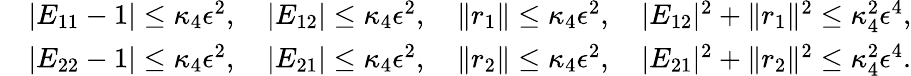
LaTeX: \begin{array}{rl}&{|E_{11}-1|\leq\kappa_{4}\epsilon^{2},\quad|E_{12}|\leq\kappa_{4}\epsilon^{2},\quad\| r_{1}\| \leq\kappa_{4}\epsilon^{2},\quad|E_{12}|^{2}+\| r_{1}\| ^{2}\leq\kappa_{4}^{2}\epsilon^{4},}\\ &{|E_{22}-1|\leq\kappa_{4}\epsilon^{2},\quad|E_{21}|\leq\kappa_{4}\epsilon^{2},\quad\| r_{2}\| \leq\kappa_{4}\epsilon^{2},\quad|E_{21}|^{2}+\| r_{2}\| ^{2}\leq\kappa_{4}^{2}\epsilon^{4}.}\end{array}